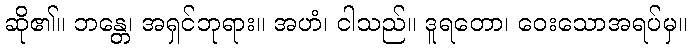
ဆို၏။ ဘန္တေ၊ အရှင်ဘုရား။ အဟံ၊ ငါသည်။ ဒူရတော၊ ဝေးသောအရပ်မှ။